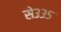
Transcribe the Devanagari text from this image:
से३३५